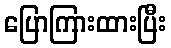
ပြောကြားထားပြီး